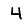
Digit: 4